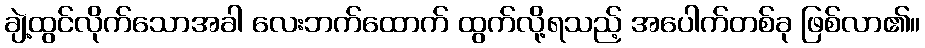
ချဲ့ထွင်လိုက်သောအခါ လေးဘက်ထောက် ထွက်လို့ရသည့် အပေါက်တစ်ခု ဖြစ်လာ၏။